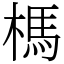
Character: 榪